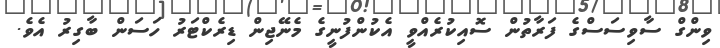
ވިންގް ސާވިސަސްގެ ފަރާތުން ސޮއިކުރެއްވީ އެކުންފުނީގެ މެނޭޖިން ޑިރެކްޓަރު ހަސަން ބާގިރު އެވެ.